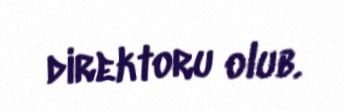
direktoru olub.